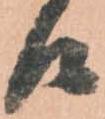
候